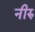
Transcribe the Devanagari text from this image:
नीरु